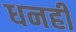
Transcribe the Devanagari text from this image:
धनही